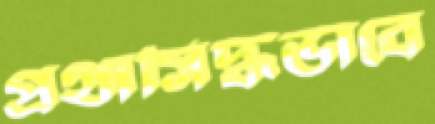
প্রথাসিদ্ধভাবে